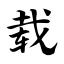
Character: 载